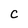
Character: C